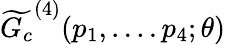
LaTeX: \widetilde{G_{c}}^{(4)}(p_{1},....p_{4};\theta)